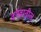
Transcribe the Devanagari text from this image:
वर्गवातील